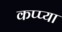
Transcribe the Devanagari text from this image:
कप्प्या